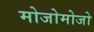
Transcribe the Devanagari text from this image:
मोजोमोजो